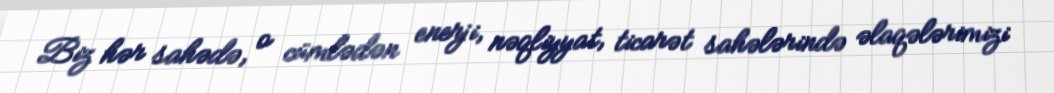
Biz hər sahədə, o cümlədən enerji, nəqliyyat, ticarət sahələrində əlaqələrimizi